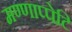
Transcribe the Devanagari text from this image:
मण्णाप्पेटि